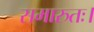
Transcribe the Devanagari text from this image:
समारुतः।